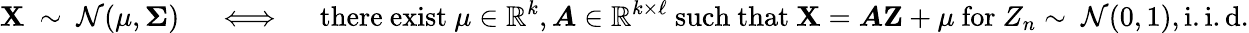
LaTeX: \mathbf{X}\ \sim\ {\mathcal{N}}(\mathbf{\mu},{\boldsymbol{\Sigma}})\quad\iff\quad{\mathrm{there~exist~}}\mathbf{\mu}\in\mathbb{R}^{k},{\boldsymbol{A}}\in\mathbb{R}^{k\times\ell}{\mathrm{~such~that~}}\mathbf{X}={\boldsymbol{A}}\mathbf{Z}+\mathbf{\mu}{\mathrm{~for~}}Z_{n}\sim\ {\mathcal{N}}(0,1),{\mathrm{i.i.d.}}